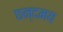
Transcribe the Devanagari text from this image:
छन्दमय